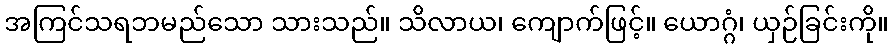
အကြင်သရဘမည်သော သားသည်။ သိလာယ၊ ကျောက်ဖြင့်။ ယောဂ္ဂံ၊ ယှဉ်ခြင်းကို။